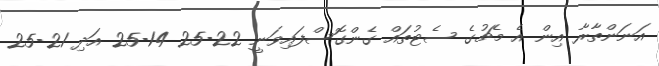
އަނަންތާރާ އިން އެ މެޗުގެ ސެޓުތައް ގެންގޮސްފައިވަނީ 22-25 14-25 އަދި 21-25